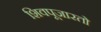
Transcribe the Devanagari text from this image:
शिवपूजारतो